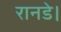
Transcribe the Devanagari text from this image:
रानडे।